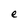
Character: e